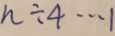
n \div 4 \cdots 1